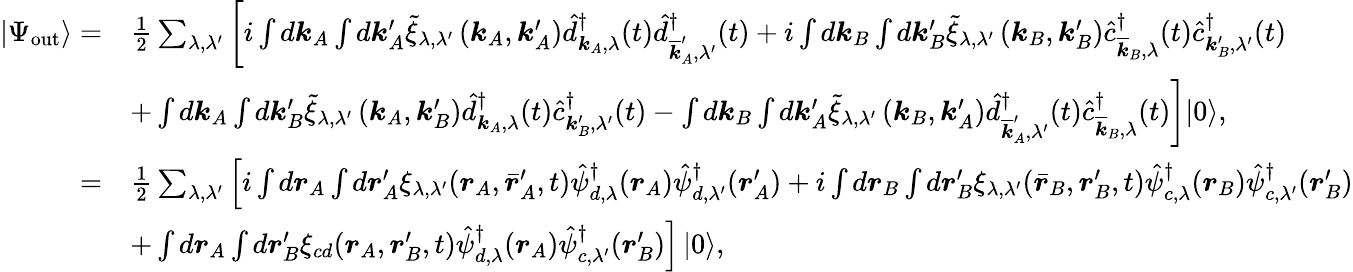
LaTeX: \begin{array}{rl}{\left|\Psi_{\mathrm{out}}\right\rangle=}&{\frac{1}{2}\sum_{\lambda,\lambda^{\prime}}\left[i\int d\boldsymbol{k}_{A}\int d\boldsymbol{k}_{A}^{\prime}\tilde{\xi}_{\lambda,\lambda^{\prime}}\left(\boldsymbol{k}_{A},\boldsymbol{k}_{A}^{\prime}\right)\hat{d}_{\boldsymbol{k}_{A},\lambda}^{\dagger}(t)\hat{d}_{\overline{{\boldsymbol{k}}}_{A}^{\prime},\lambda^{\prime}}^{\dagger}(t)+i\int d\boldsymbol{k}_{B}\int d\boldsymbol{k}_{B}^{\prime}\tilde{\xi}_{\lambda,\lambda^{\prime}}\left(\boldsymbol{k}_{B},\boldsymbol{k}_{B}^{\prime}\right)\hat{c}_{\overline{{\boldsymbol{k}}}_{B},\lambda}^{\dagger}(t)\hat{c}_{\boldsymbol{k}_{B}^{\prime},\lambda^{\prime}}^{\dagger}(t)\right.}\\ &{\left.+\int d\boldsymbol{k}_{A}\int d\boldsymbol{k}_{B}^{\prime}\tilde{\xi}_{\lambda,\lambda^{\prime}}\left(\boldsymbol{k}_{A},\boldsymbol{k}_{B}^{\prime}\right)\hat{d}_{\boldsymbol{k}_{A},\lambda}^{\dagger}(t)\hat{c}_{\boldsymbol{k}_{B}^{\prime},\lambda^{\prime}}^{\dagger}(t)-\int d\boldsymbol{k}_{B}\int d\boldsymbol{k}_{A}^{\prime}\tilde{\xi}_{\lambda,\lambda^{\prime}}\left(\boldsymbol{k}_{B},\boldsymbol{k}_{A}^{\prime}\right)\hat{d}_{\overline{{\boldsymbol{k}}}_{A}^{\prime},\lambda^{\prime}}^{\dagger}(t)\hat{c}_{\overline{{\boldsymbol{k}}}_{B},\lambda}^{\dagger}(t)\right]|0\rangle,}\\ {=}&{\frac{1}{2}\sum_{\lambda,\lambda^{\prime}}\left[i\int d\boldsymbol{r}_{A}\int d\boldsymbol{r}_{A}^{\prime}\xi_{\lambda,\lambda^{\prime}}(\boldsymbol{r}_{A},\bar{\boldsymbol{r}}_{A}^{\prime},t)\hat{\psi}_{d,\lambda}^{\dagger}(\boldsymbol{r}_{A})\hat{\psi}_{d,\lambda^{\prime}}^{\dagger}(\boldsymbol{r}_{A}^{\prime})+i\int d\boldsymbol{r}_{B}\int d\boldsymbol{r}_{B}^{\prime}\xi_{\lambda,\lambda^{\prime}}(\bar{\boldsymbol{r}}_{B},\boldsymbol{r}_{B}^{\prime},t)\hat{\psi}_{c,\lambda}^{\dagger}(\boldsymbol{r}_{B})\hat{\psi}_{c,\lambda^{\prime}}^{\dagger}(\boldsymbol{r}_{B}^{\prime})\right.}\\ &{\left.+\int d\boldsymbol{r}_{A}\int d\boldsymbol{r}_{B}^{\prime}\xi_{cd}(\boldsymbol{r}_{A},\boldsymbol{r}_{B}^{\prime},t)\hat{\psi}_{d,\lambda}^{\dagger}(\boldsymbol{r}_{A})\hat{\psi}_{c,\lambda^{\prime}}^{\dagger}(\boldsymbol{r}_{B}^{\prime})\right]\left|0\right\rangle,}\end{array}